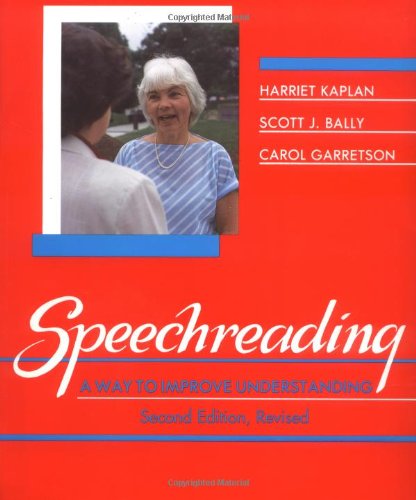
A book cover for Speechreading: A Way to Improve Understanding; Harriet Kaplan; Health, Fitness & Dieting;